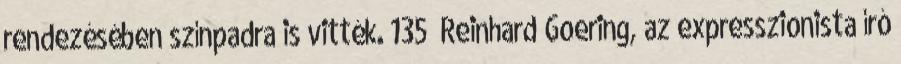
rendezésében színpadra is vitték. 135 Reinhard Goering, az expresszionista író